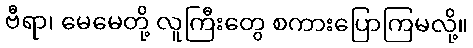
ဗီရာ၊ မေမေတို့ လူကြီးတွေ စကားပြောကြမလို့။